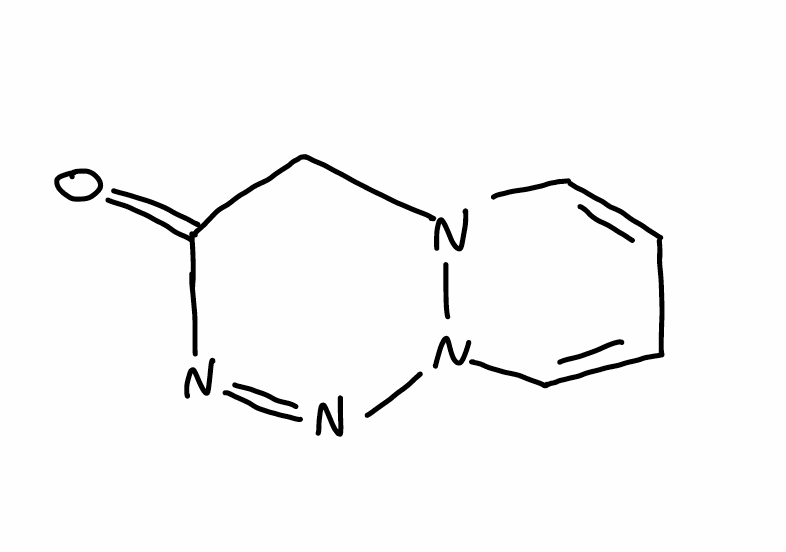
Simplified molecular-input line-entry system (SMILES) notation of the given molecule:
C1C(=O)N=NN2N1C=CC=C2